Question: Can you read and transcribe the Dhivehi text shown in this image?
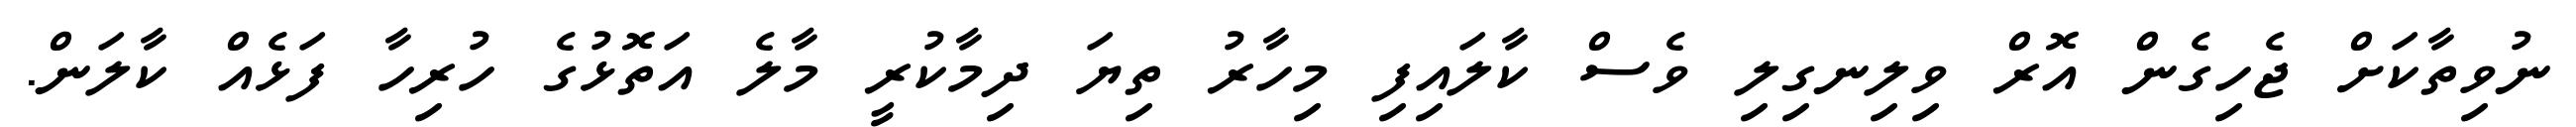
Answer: ނުވިތާކަށް ޖެހިގެން އޮރް ވިލިނގިލި ވެސް ކާލައިފި މިހާރު ތިޔަ ދިމާކުރީ މާލެ އަތޮޅުގެ ހުރިހާ ފަޅެއް ކާލަން.